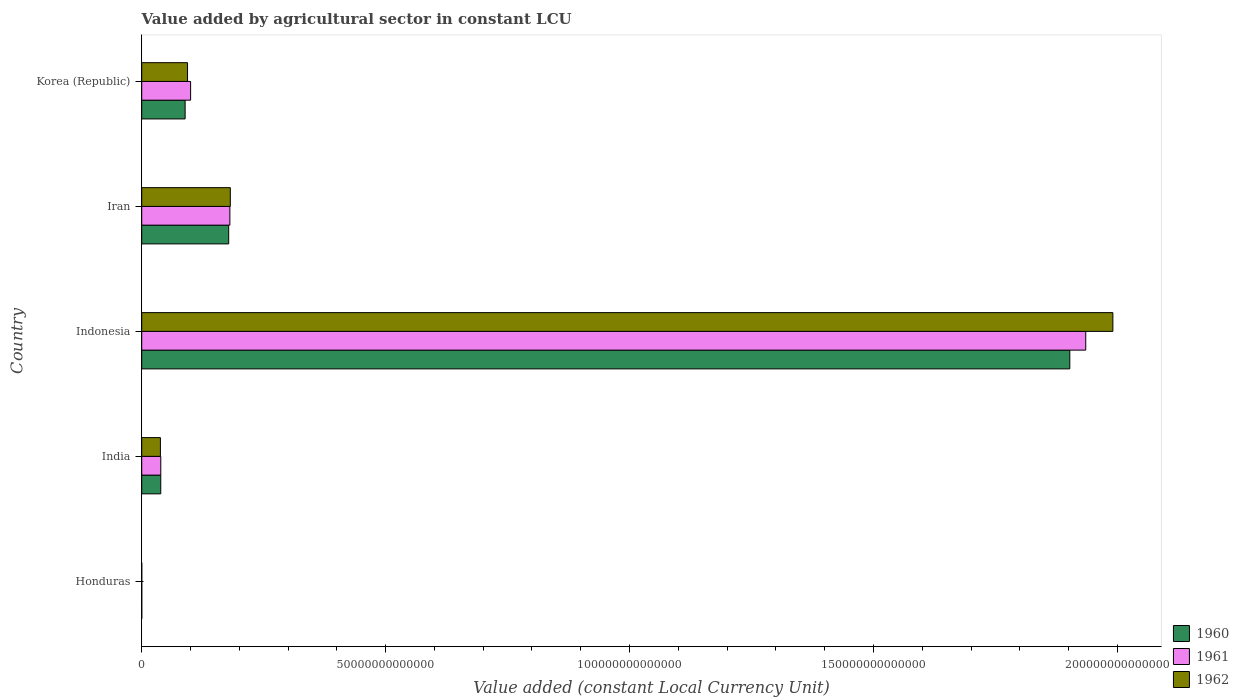
| Country | 1960 | 1961 | 1962 |
 | --- | --- | --- | --- |
 | Honduras | 4.44e+09 | 4.73e+09 | 4.96e+09 |
 | India | 3.9e+12 | 3.91e+12 | 3.83e+12 |
 | Indonesia | 1.9e+14 | 1.94e+14 | 1.99e+14 |
 | Iran | 1.78e+13 | 1.81e+13 | 1.82e+13 |
 | Korea (Republic) | 8.9e+12 | 1e+13 | 9.39e+12 |